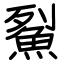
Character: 鮤